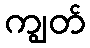
ကျွတ်